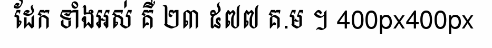
ដែក ទាំងអស់ គឺ ២៣ ៥៧៧ គ.ម ។ 400px400px